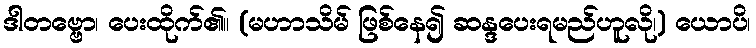
ဒါတဗ္ဗော၊ ပေးထိုက်၏။ (မဟာသိမ် ဖြစ်နေ၍ ဆန္ဒပေးရမည်ဟူလို၊) ယောပိ၊